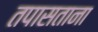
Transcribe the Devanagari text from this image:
तपासताना